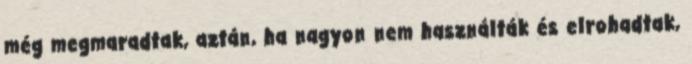
még megmaradtak, aztán, ha nagyon nem használták és elrohadtak,